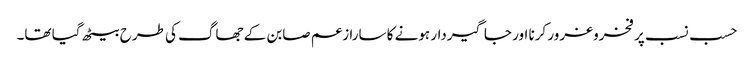
حسب نسب پر فخروغرور کرنا اور جاگیردار ہونے کا سارا زعم صابن کے جھاگ کی طرح بیٹھ گیا تھا۔